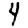
Digit: 4